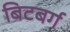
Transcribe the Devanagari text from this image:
बिटबर्ग